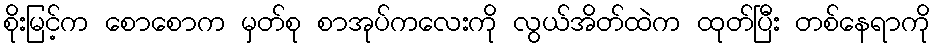
စိုးမြင့်က စောစောက မှတ်စု စာအုပ်ကလေးကို လွယ်အိတ်ထဲက ထုတ်ပြီး တစ်နေရာကို